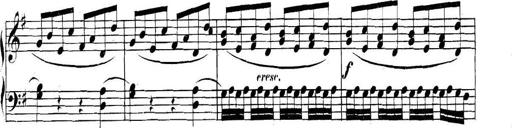
Title: Collected Piano Sonatas
Composer: Muzio Clementi